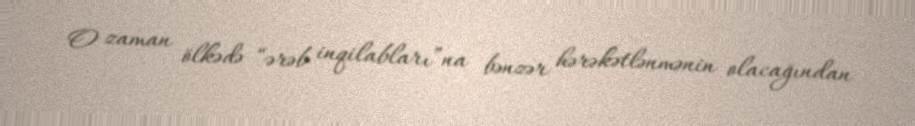
O zaman ölkədə “ərəb inqilabları”na bənzər hərəkətlənmənin olacağından